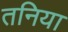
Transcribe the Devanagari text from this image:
तनिया